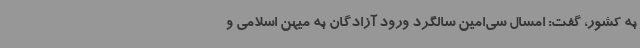
به کشور، گفت: امسال سی‌امین سالگرد ورود آزادگان به میهن اسلامی و